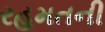
રહમતની